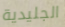
الجليدية